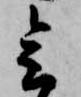
会